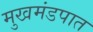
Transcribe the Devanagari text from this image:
मुखमंडपात